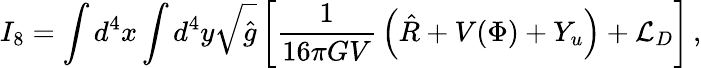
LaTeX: I_{8}=\int d^{4}x\int d^{4}y\sqrt{\hat{g}}\left[{\frac{1}{16\pi GV}}\left(\hat{R}+V(\Phi)+Y_{u}\right)+{\cal L}_{D}\right]\, ,